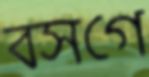
বসগে